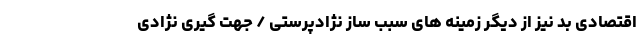
اقتصادی بد نیز از دیگر زمینه های سبب ساز نژادپرستی / جهت گیری نژادی